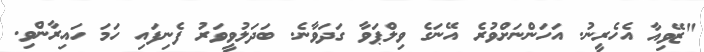
"ޒޭވިއާ އެހެރީނު. އަހަންނަށްވުރެ އޭނަގެ ވިލްޕަވާ ގަދަވާނެ. ބަދަލުވީވަރު ފެނިފައި ހަމަ ހައިރާންވި.